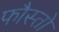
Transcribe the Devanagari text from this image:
फौस्तो